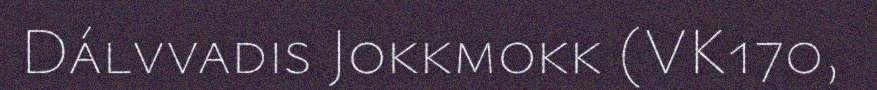
Dálvvadis Jokkmokk (VK170,